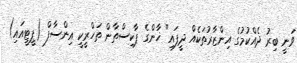
ވަނީ ބިރު ދެއްކުމުގެ އިންޒާރުތަކެއް ދީފައި" ޚާންގެ ޕާކިސްތާން ތަހްރީކީ އިންސާފް (ޕީޓީއައި)